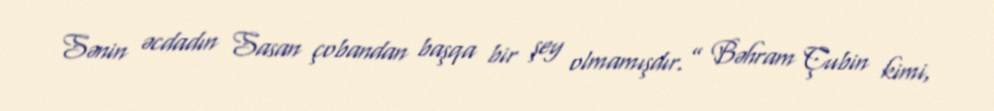
Sənin əcdadın Sasan çobandan başqa bir şey olmamışdır.” Bəhram Çubin kimi,